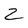
Character: 2